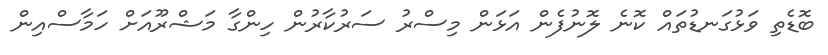
ބޮޑެތި ވަޅުގަނޑުތައް ކޮނެ ލޮނުފެން އަޅަން މިސްރު ސަރުކާރުން ހިންގާ މަޝްރޫއަށް ހަމާސްއިން